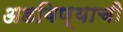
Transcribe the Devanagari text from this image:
अडविण्याची